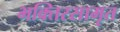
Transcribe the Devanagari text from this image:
भक्तिरसामृत